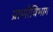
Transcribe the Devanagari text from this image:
प्राणीविभाग